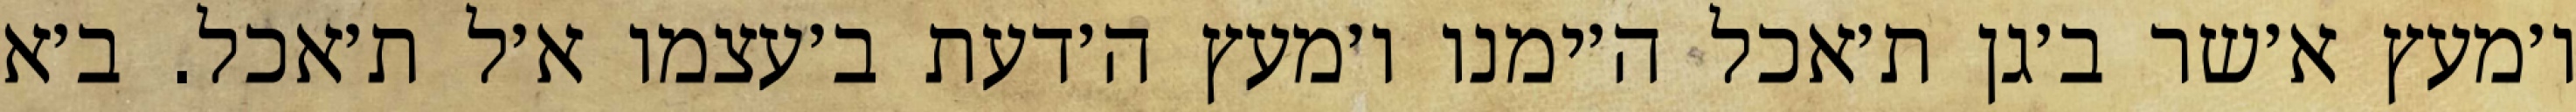
ו׳מעץ א׳שר ב׳גן ת׳אכל ה׳ימנו ו׳מעץ ה׳דעת ב׳עצמו א׳ל ת׳אכל. ב׳א